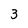
Character: 3